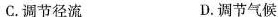
C.调节径流 D.调节气候